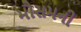
મૌસમની